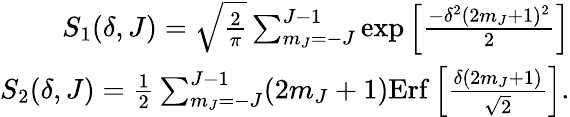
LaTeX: \begin{array}{r}{S_{1}(\delta,J)=\sqrt{\frac{2}{\pi}}\sum_{m_{J}=-J}^{J-1}\exp\left[\frac{-\delta^{2}(2m_{J}+1)^{2}}{2}\right]}\\ {S_{2}(\delta,J)=\frac{1}{2}\sum_{m_{J}=-J}^{J-1}(2m_{J}+1)\mathrm{Erf}\left[\frac{\delta(2m_{J}+1)}{\sqrt{2}}\right].}\end{array}